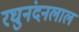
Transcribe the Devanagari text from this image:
रघुनंदनलाल